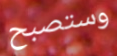
وستصبح